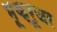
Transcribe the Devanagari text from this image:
भूक्रूजर